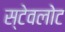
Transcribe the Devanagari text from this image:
स्टेवलोट